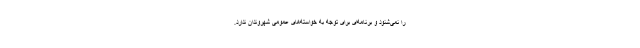
را نمی‌شنود و برنامه‌ای برای توجه به خواسته‌های عمومی شهروندان ندارد.